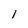
Character: 1